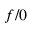
f / 0